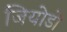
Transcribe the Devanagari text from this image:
जियोडों